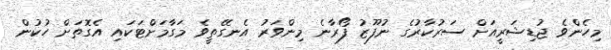
މިހެންވެ ޖުޑިޝަރީއަށް ސަރުކާރުގެ ނުފޫޒު ފޯރާނެ މިންވަރު އެނގޭތީވެ މަގާމަށްޓަކައި އެގޮތަށް ހުކުން